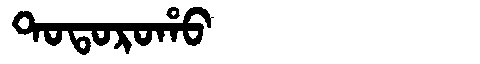
Manchu: ᡨᠣᡨᠣᡵᠣᡥᠣ
Romanization: TOTOROHO